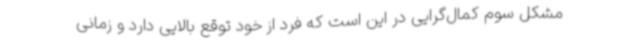
مشکل سوم کمال‌گرایی در این است که فرد از خود توقع بالایی دارد و زمانی